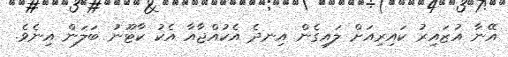
އޭނާ އުޒައިރު ކައިރިއަށް ލައިގެން އިނދެ އެކުއްޖާއާ އެކު ކާޓޫނު ބަލަން އިނެވެ.